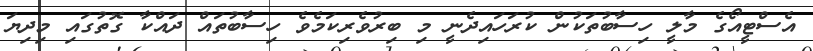
އެސްޓީއޯގެ މާލީ ހިސާބުތަކުން ކުރަހައިދެނީ މި ބިރުވެރިކަމެވެ ހިސާބުތައް ދައްކާ ގޮތުގައި މިދިޔަ